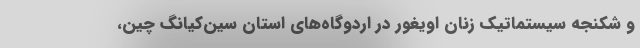
و شکنجه سیستماتیک زنان اویغور در اردوگاه‌های استان سین‌کیانگ چین،